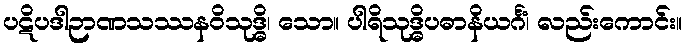
ပဋိပဒါဉာဏသဿနဝိသုဒ္ဓိ၊ သော။ ပါရိသုဒ္ဓိပဓာနိယင်္ဂံ၊ လည်းကောင်း။